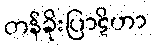
တန်ခိုးပြာဋိဟာ